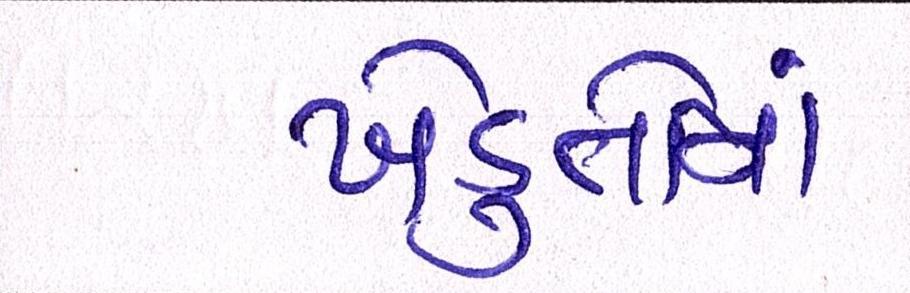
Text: ખેડુતોમાં